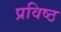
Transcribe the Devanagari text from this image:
प्रविष्‍ठ